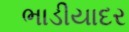
ભાડીયાદર